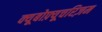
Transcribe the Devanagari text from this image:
क्यूबोफ़्यूचरिज़म